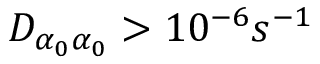
D _ { \alpha _ { 0 } \alpha _ { 0 } } > 1 0 ^ { - 6 } s ^ { - 1 }